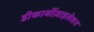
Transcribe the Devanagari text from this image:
डीकार्बोज़ाइलेशन